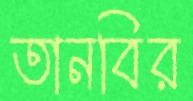
তানবির